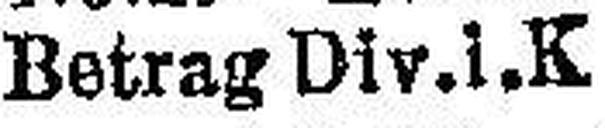
Betrag Div. i. K